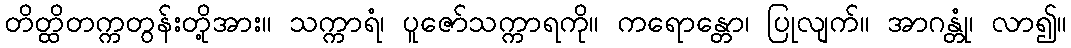
တိတ္ထိတက္ကတွန်းတို့အား။ သက္ကာရံ၊ ပူဇော်သက္ကာရကို။ ကရောန္တော၊ ပြုလျက်။ အာဂန္တုံ၊ လာ၍။